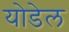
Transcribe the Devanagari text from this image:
योडेल